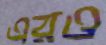
এরও